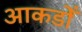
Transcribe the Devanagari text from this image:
आकडोँ